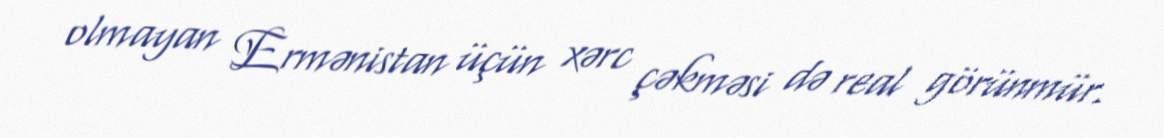
olmayan Ermənistan üçün xərc çəkməsi də real görünmür.